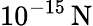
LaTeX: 10^{-15}\, \mathrm{{N}}